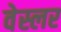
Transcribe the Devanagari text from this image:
वेस्लर